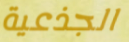
الجذعية